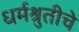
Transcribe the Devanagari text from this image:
धर्मश्रुतीचे